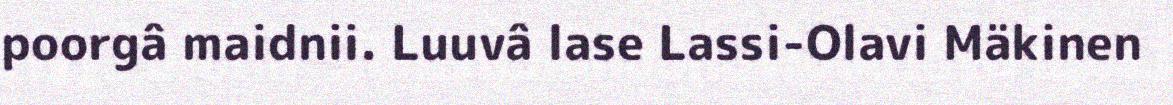
poorgâ maidnii. Luuvâ lase Lassi-Olavi Mäkinen